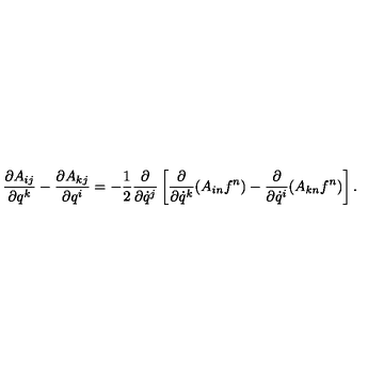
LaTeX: \frac { \partial A _ { i j } } { \partial q ^ { k } } - \frac { \partial A _ { k j } } { \partial q ^ { i } } = - \frac { 1 } { 2 } \frac { \partial } { \partial \dot { q } ^ { j } } \left[ \frac { \partial } { \partial \dot { q } ^ { k } } ( A _ { i n } f ^ { n } ) - \frac { \partial } { \partial \dot { q } ^ { i } } ( A _ { k n } f ^ { n } ) \right] .